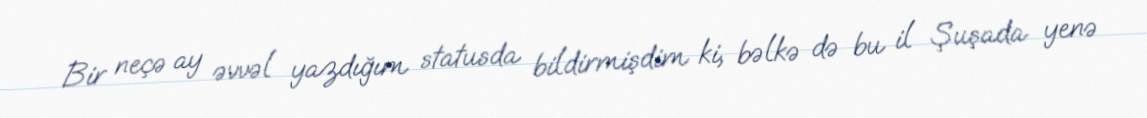
Bir neçə ay əvvəl yazdığım statusda bildirmişdim ki, bəlkə də bu il Şuşada yenə